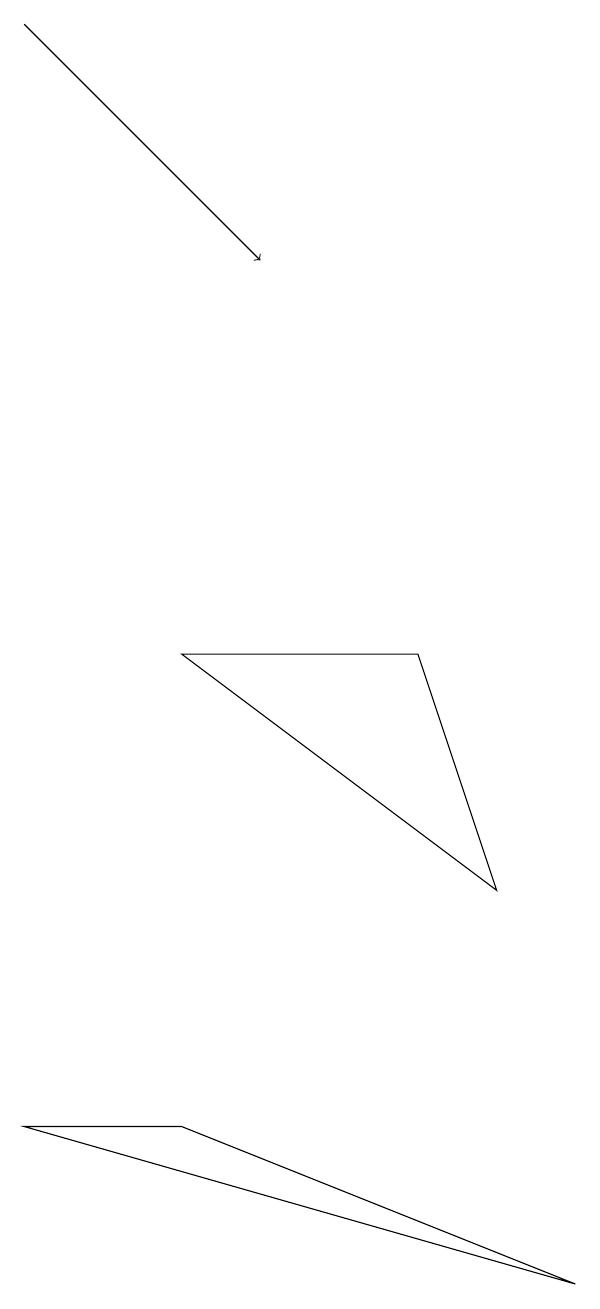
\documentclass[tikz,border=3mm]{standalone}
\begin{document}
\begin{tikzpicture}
\draw[->] (2,17) -- (5,14);
\draw (4,3) -- (9,1) -- (2,3) -- cycle;
\draw (4,9) -- (8,6) -- (7,9) -- cycle;
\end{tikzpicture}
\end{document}